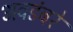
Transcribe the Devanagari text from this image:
अवडंबरे